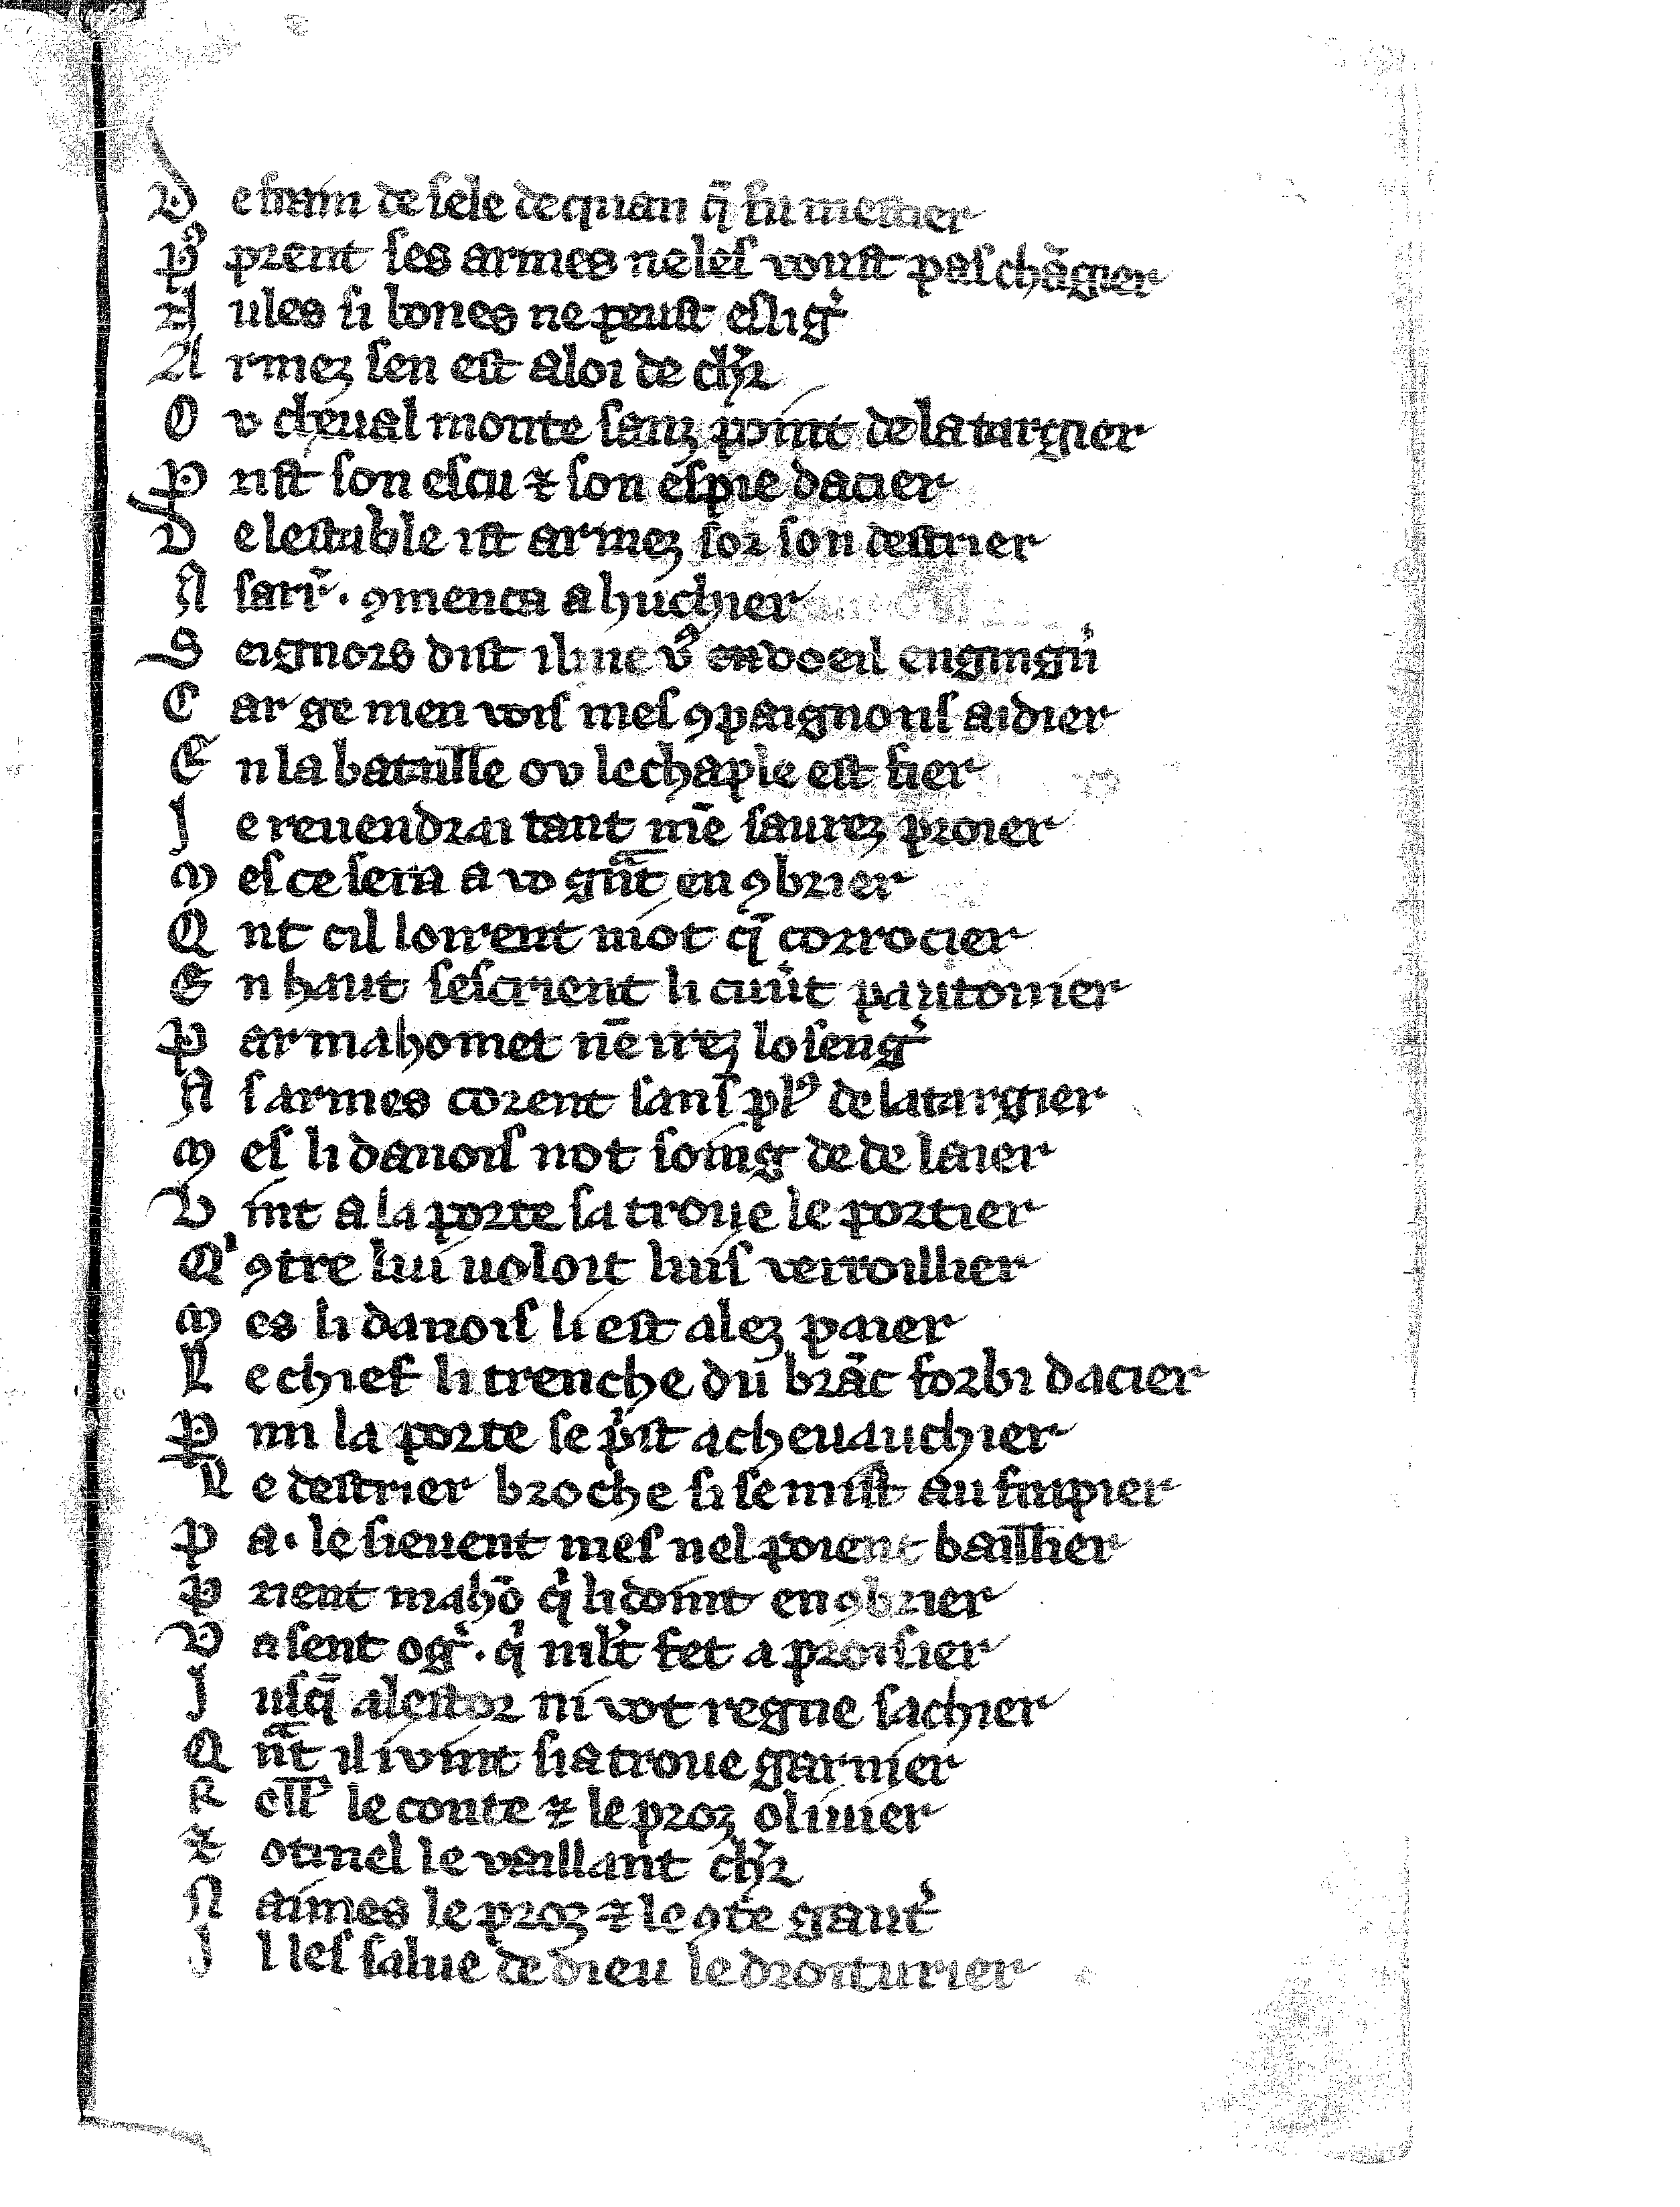
Shelfmark: Vatican, Biblioteca apostolica vaticana, Reg.lat. 1616
Century: 14